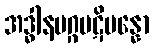
အဒ္ဓါနမဂ္ဂပဋိပန္နော